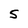
Character: 5